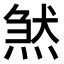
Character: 𤋣